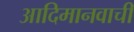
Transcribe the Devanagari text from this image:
आदिमानवाची